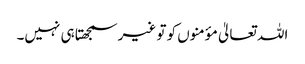
اللہ تعالیٰ مؤمنوں کو تو غیر سمجھتا ہی نہیں۔